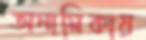
অনামিকায়